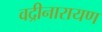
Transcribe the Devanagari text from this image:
वद्रीनारायण